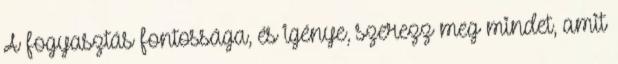
A fogyasztás fontossága, és igénye, szerezz meg mindet, amit